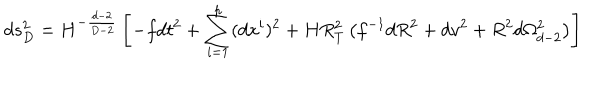
d s _ { D } ^ { 2 } = H ^ { - \frac { d - 2 } { D - 2 } } \left[ - f d t ^ { 2 } + \sum _ { i = 1 } ^ { p } ( d x ^ { i } ) ^ { 2 } + H R _ { T } ^ { 2 } \left( f ^ { - 1 } d R ^ { 2 } + d v ^ { 2 } + R ^ { 2 } d \Omega _ { d - 2 } ^ { 2 } \right) \right]